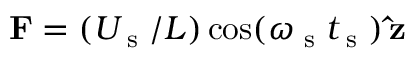
{ \bf F } = ( U _ { \textrm { s } } / L ) \cos ( \omega _ { \textrm { s } } t _ { \textrm { s } } ) \, { \bf \hat { z } }